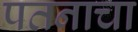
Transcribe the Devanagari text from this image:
पतनाचा